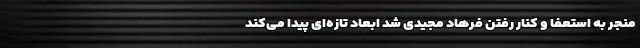
منجر به استعفا و کنار رفتن فرهاد مجیدی شد ابعاد تازه‌ای پیدا می‌کند